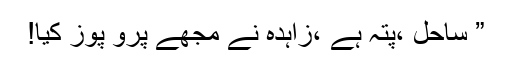
” ساحل ،پتہ ہے ،زاہدہ نے مجھے پرو پوز کیا!